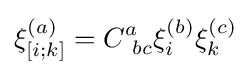
\xi _{[i;k]}^{(a)}=C_{\ bc}^{a}\xi _{i}^{(b)}\xi _{k}^{(c)}